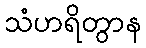
သံဟရိတွာန